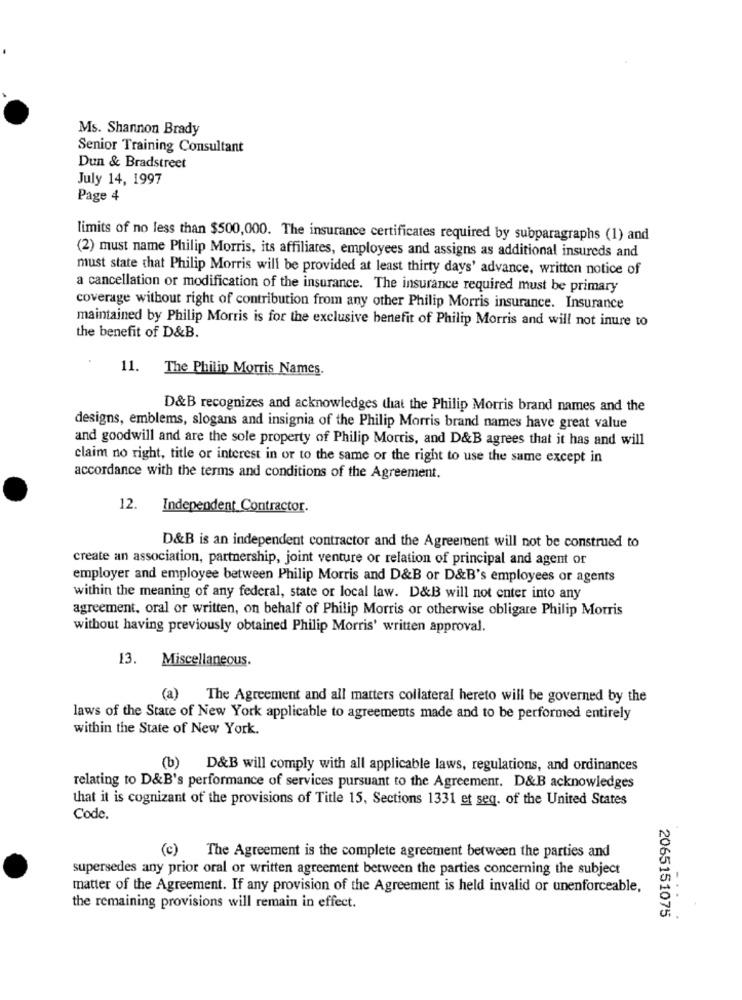
Ms. Shannon Brady
Senior Training Consultant
Dun & Bradstreet
July 14, 1997
Page 4
limits of no less than $500,000. The insurance certificates required by subparagraphs (1) and
(2) must name Philip Morris, its affiliates, employees and assigns as additional insureds and
must state that Philip Morris will be provided at least thirty days' advance, written notice of
a cancellation or modification of the insurance. The insurance required must be primary
coverage without right of contribution from any other Philip Morris insurance. Insurance
maintained by Philip Morris is for the exclusive benefit of Philip Morris and will not inure to
the benefit of D&B.
11. The Philip Morris Names.
D&B recognizes and acknowledges that the Philip Morris brand names and the
designs, emblems, slogans and insignia of the Philip Morris brand names have great value
and goodwill and are the sole property of Philip Morris, and D&B agrees that it has and will
claim no right, title or interest in or to the same or the right to use the same except in
accordance with the terms and conditions of the Agreement.
12. Independent Contractor.
D&B is an independent contractor and the Agreement will not be construed to
create an association, partnership, joint venture or relation of principal and agent or
employer and employee between Philip Morris and D&B or D&B's employees or agents
within the meaning of any federal, state or local law. D&B will not enter into any
agreement, oral or written, on behalf of Philip Morris or otherwise obligare Philip Morris
without having previously obtained Philip Morris' written approval.
13. Miscellaneous.
(a) The Agreement and all matters collateral hereto will be governed by the
laws of the State of New York applicable to agreements made and to be performed entirely
within the State of New York.
(b) D&B will comply with all applicable laws, regulations, and ordinances
relating to D&B's performance of services pursuant to the Agreement. D&B acknowledges
that it is cognizant of the provisions of Title 15, Sections 1331 et seq. of the United States
Code.
(c) The Agreement is the complete agreement between the parties and
supersedes any prior oral or written agreement between the parties concerning the subject
matter of the Agreement. If any provision of the Agreement is held invalid or unenforceable,
the remaining provisions will remain in effect.
2065151075